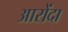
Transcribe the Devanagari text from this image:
आरोंदा